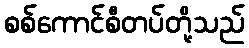
စစ်ကောင်စီတပ်တို့သည်